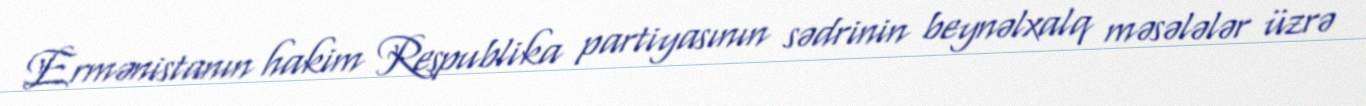
Ermənistanın hakim Respublika partiyasının sədrinin beynəlxalq məsələlər üzrə